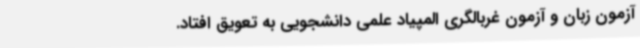
آزمون زبان و آزمون غربالگری المپیاد علمی دانشجویی به تعویق افتاد.